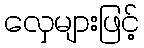
လှေများဖြင့်